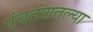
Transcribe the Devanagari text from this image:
पंचतंत्रातल्या